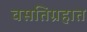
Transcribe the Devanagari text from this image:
वसतिग्रहात